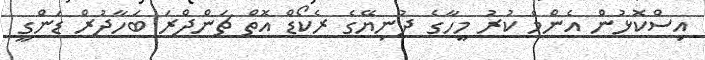
އިސްކޮޅުން އެންމެ ކުރު މީހާގެ ދުނިޔޭގެ ރެކޯޑް އޮތް ޗަންދްރަ ބަހާދުރް ޑަންގީ